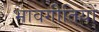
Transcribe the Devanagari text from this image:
भावगीतियों